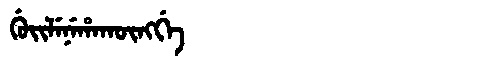
Manchu: ᡤᡠᡳᠯᡝᠨᡝᡥᠠᡴᡡᠩᡤᡝ
Romanization: GUILENEHAKŪNGGE